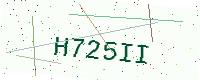
Text: H725II